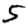
Digit: 5